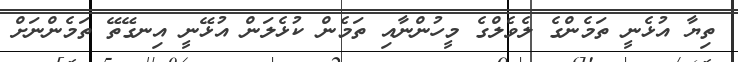
ތިޔާ އުޅެނީ ތަމެންގެ ލެވެލްގެ މީހުންނާއި ތަމެން ކުޅެލަން އުޅޭނީ އިނގޭތޭ ތަމެންނަށް